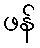
ဖန်